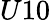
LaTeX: {U10}